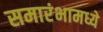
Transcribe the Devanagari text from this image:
समारंभामध्ये